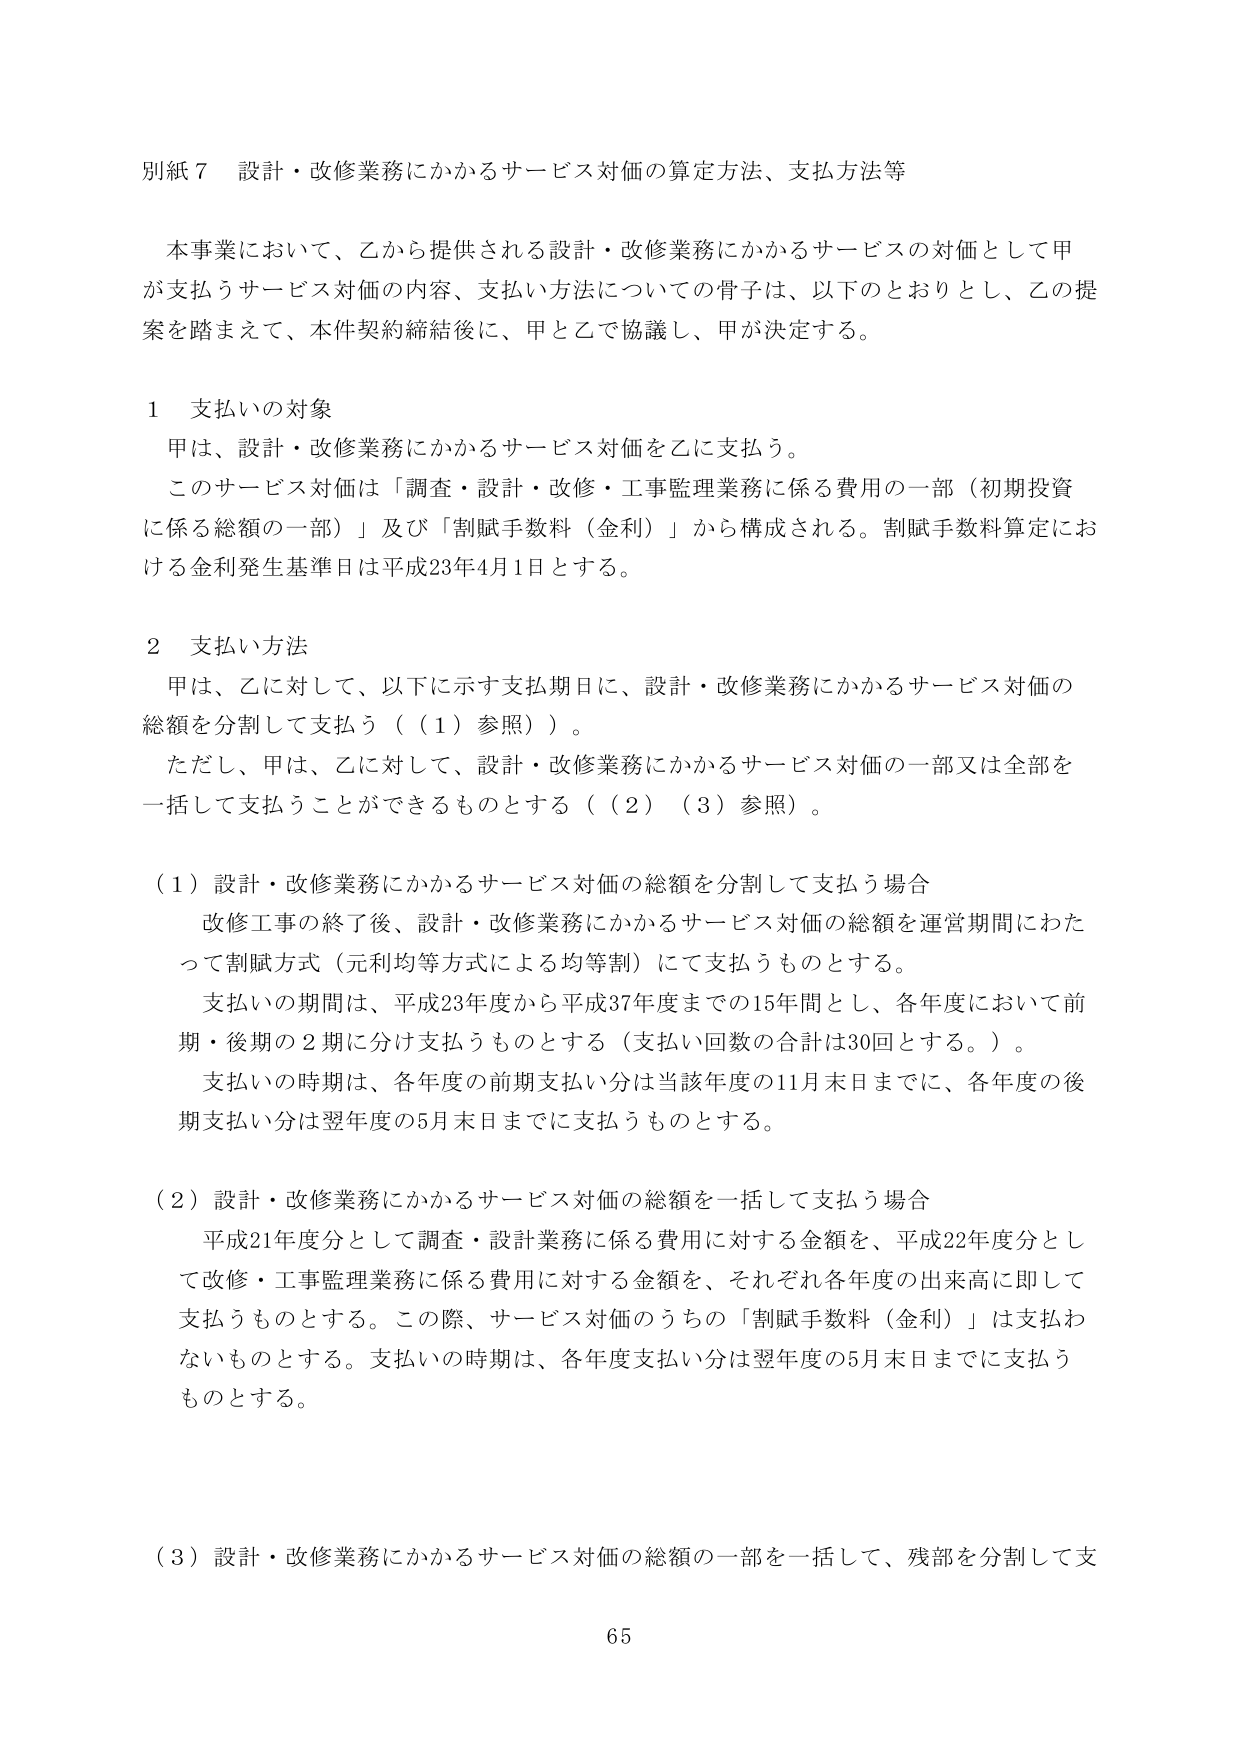
別紙７ 設計・改修業務にかかるサービス対価の算定方法、支払方法等

本事業において、乙から提供される設計・改修業務にかかるサービスの対価として甲が支払うサービス対価の内容、支払い方法についての骨子は、以下のとおりとし、乙の提案を踏まえて、本件契約締結後に、甲と乙で協議し、甲が決定する。

１ 支払いの対象
甲は、設計・改修業務にかかるサービス対価を乙に支払う。
このサービス対価は「調査・設計・改修・工事監理業務に係る費用の一部（初期投資に係る総額の一部）」及び「割賦手数料（金利）」から構成される。割賦手数料算定における金利発生基準日は平成23年4月1日とする。

２ 支払い方法
甲は、乙に対して、以下に示す支払期日に、設計・改修業務にかかるサービス対価の総額を分割して支払う（（１）参照）。
ただし、甲は、乙に対して、設計・改修業務にかかるサービス対価の一部又は全部を一括して支払うことができるものとする（（２）（３）参照）。

（１）設計・改修業務にかかるサービス対価の総額を分割して支払う場合
改修工事の終了後、設計・改修業務にかかるサービス対価の総額を運営期間にわたって割賦方式（元利均等方式による均等割）にて支払うものとする。
支払いの期間は、平成23年度から平成37年度までの15年間とし、各年度において前期・後期の２期に分け支払うものとする（支払い回数の合計は30回とする。）。
支払いの時期は、各年度の前期支払い分は当該年度の11月末日までに、各年度の後期支払い分は翌年度の5月末日までに支払うものとする。

（２）設計・改修業務にかかるサービス対価の総額を一括して支払う場合
平成21年度分として調査・設計業務に係る費用に対する金額を、平成22年度分として改修・工事監理業務に係る費用に対する金額を、それぞれ各年度の出来高に即して支払うものとする。この際、サービス対価のうちの「割賦手数料（金利）」は支払わないものとする。支払いの時期は、各年度支払い分は翌年度の5月末日までに支払うものとする。

（３）設計・改修業務にかかるサービス対価の総額の一部を一括して、残部を分割して支

65